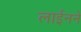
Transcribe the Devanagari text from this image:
लाईनने